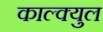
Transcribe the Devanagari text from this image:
काल्क्युल